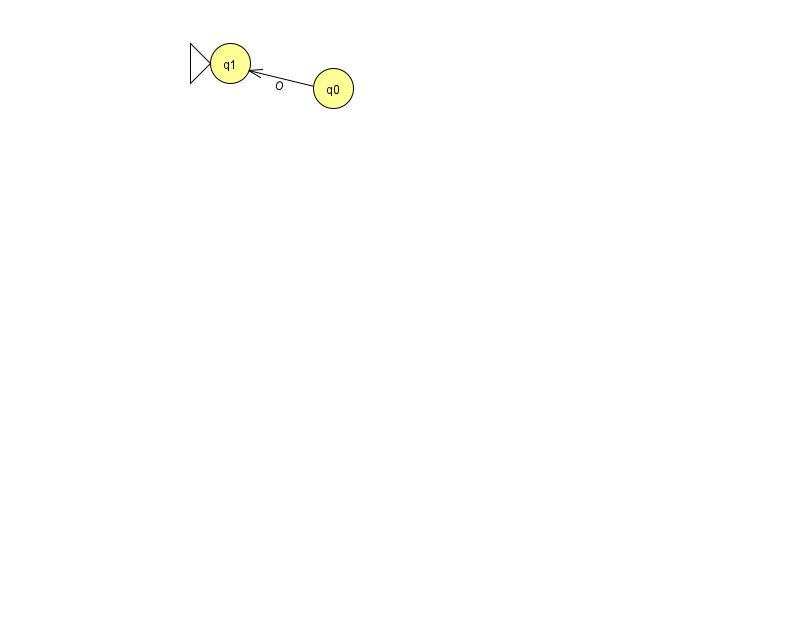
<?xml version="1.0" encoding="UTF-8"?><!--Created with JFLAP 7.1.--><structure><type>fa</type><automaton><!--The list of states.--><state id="0" name="q0"><x>333.0</x><y>75.0</y></state><state id="1" name="q1"><x>230.0</x><y>50.0</y><initial/></state><!--The list of transitions.--><transition><from>0</from><to>1</to><read>O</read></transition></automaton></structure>